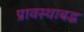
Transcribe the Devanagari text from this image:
प्रावस्थाबद्ध